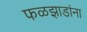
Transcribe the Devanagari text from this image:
फळझाडांना